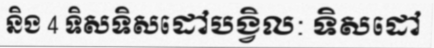
និង 4 ទិសទិសដៅបង្វិល: ទិសដៅ